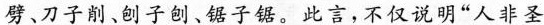
劈、刀子削、创子的、子锯。此言，不仅说明“人非圣